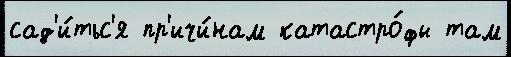
сад'и́тьс'я пр'ичи́нам катастро́фы там